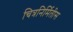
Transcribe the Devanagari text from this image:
चित्रनिर्मितीस